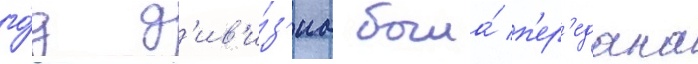
го́д д'ив'и́з'иа была́ п'ер'едана